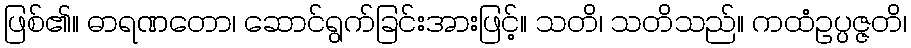
ဖြစ်၏။ ဓာရဏတော၊ ဆောင်ရွက်ခြင်းအားဖြင့်။ သတိ၊ သတိသည်။ ကထံဥပ္ပဇ္ဇတိ၊